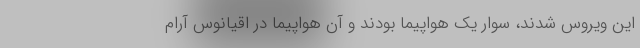
این ویروس شدند، سوار یک هواپیما بودند و آن هواپیما در اقیانوس آرام